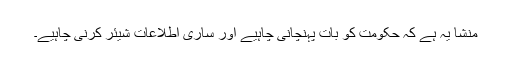
منشا یہ ہے کہ حکومت کو بات پہنچانی چاہیے اور ساری اطلاعات شیئر کرنی چاہیے۔